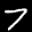
Label: 7